Leningradi_Edasi_toimetus, lk 31
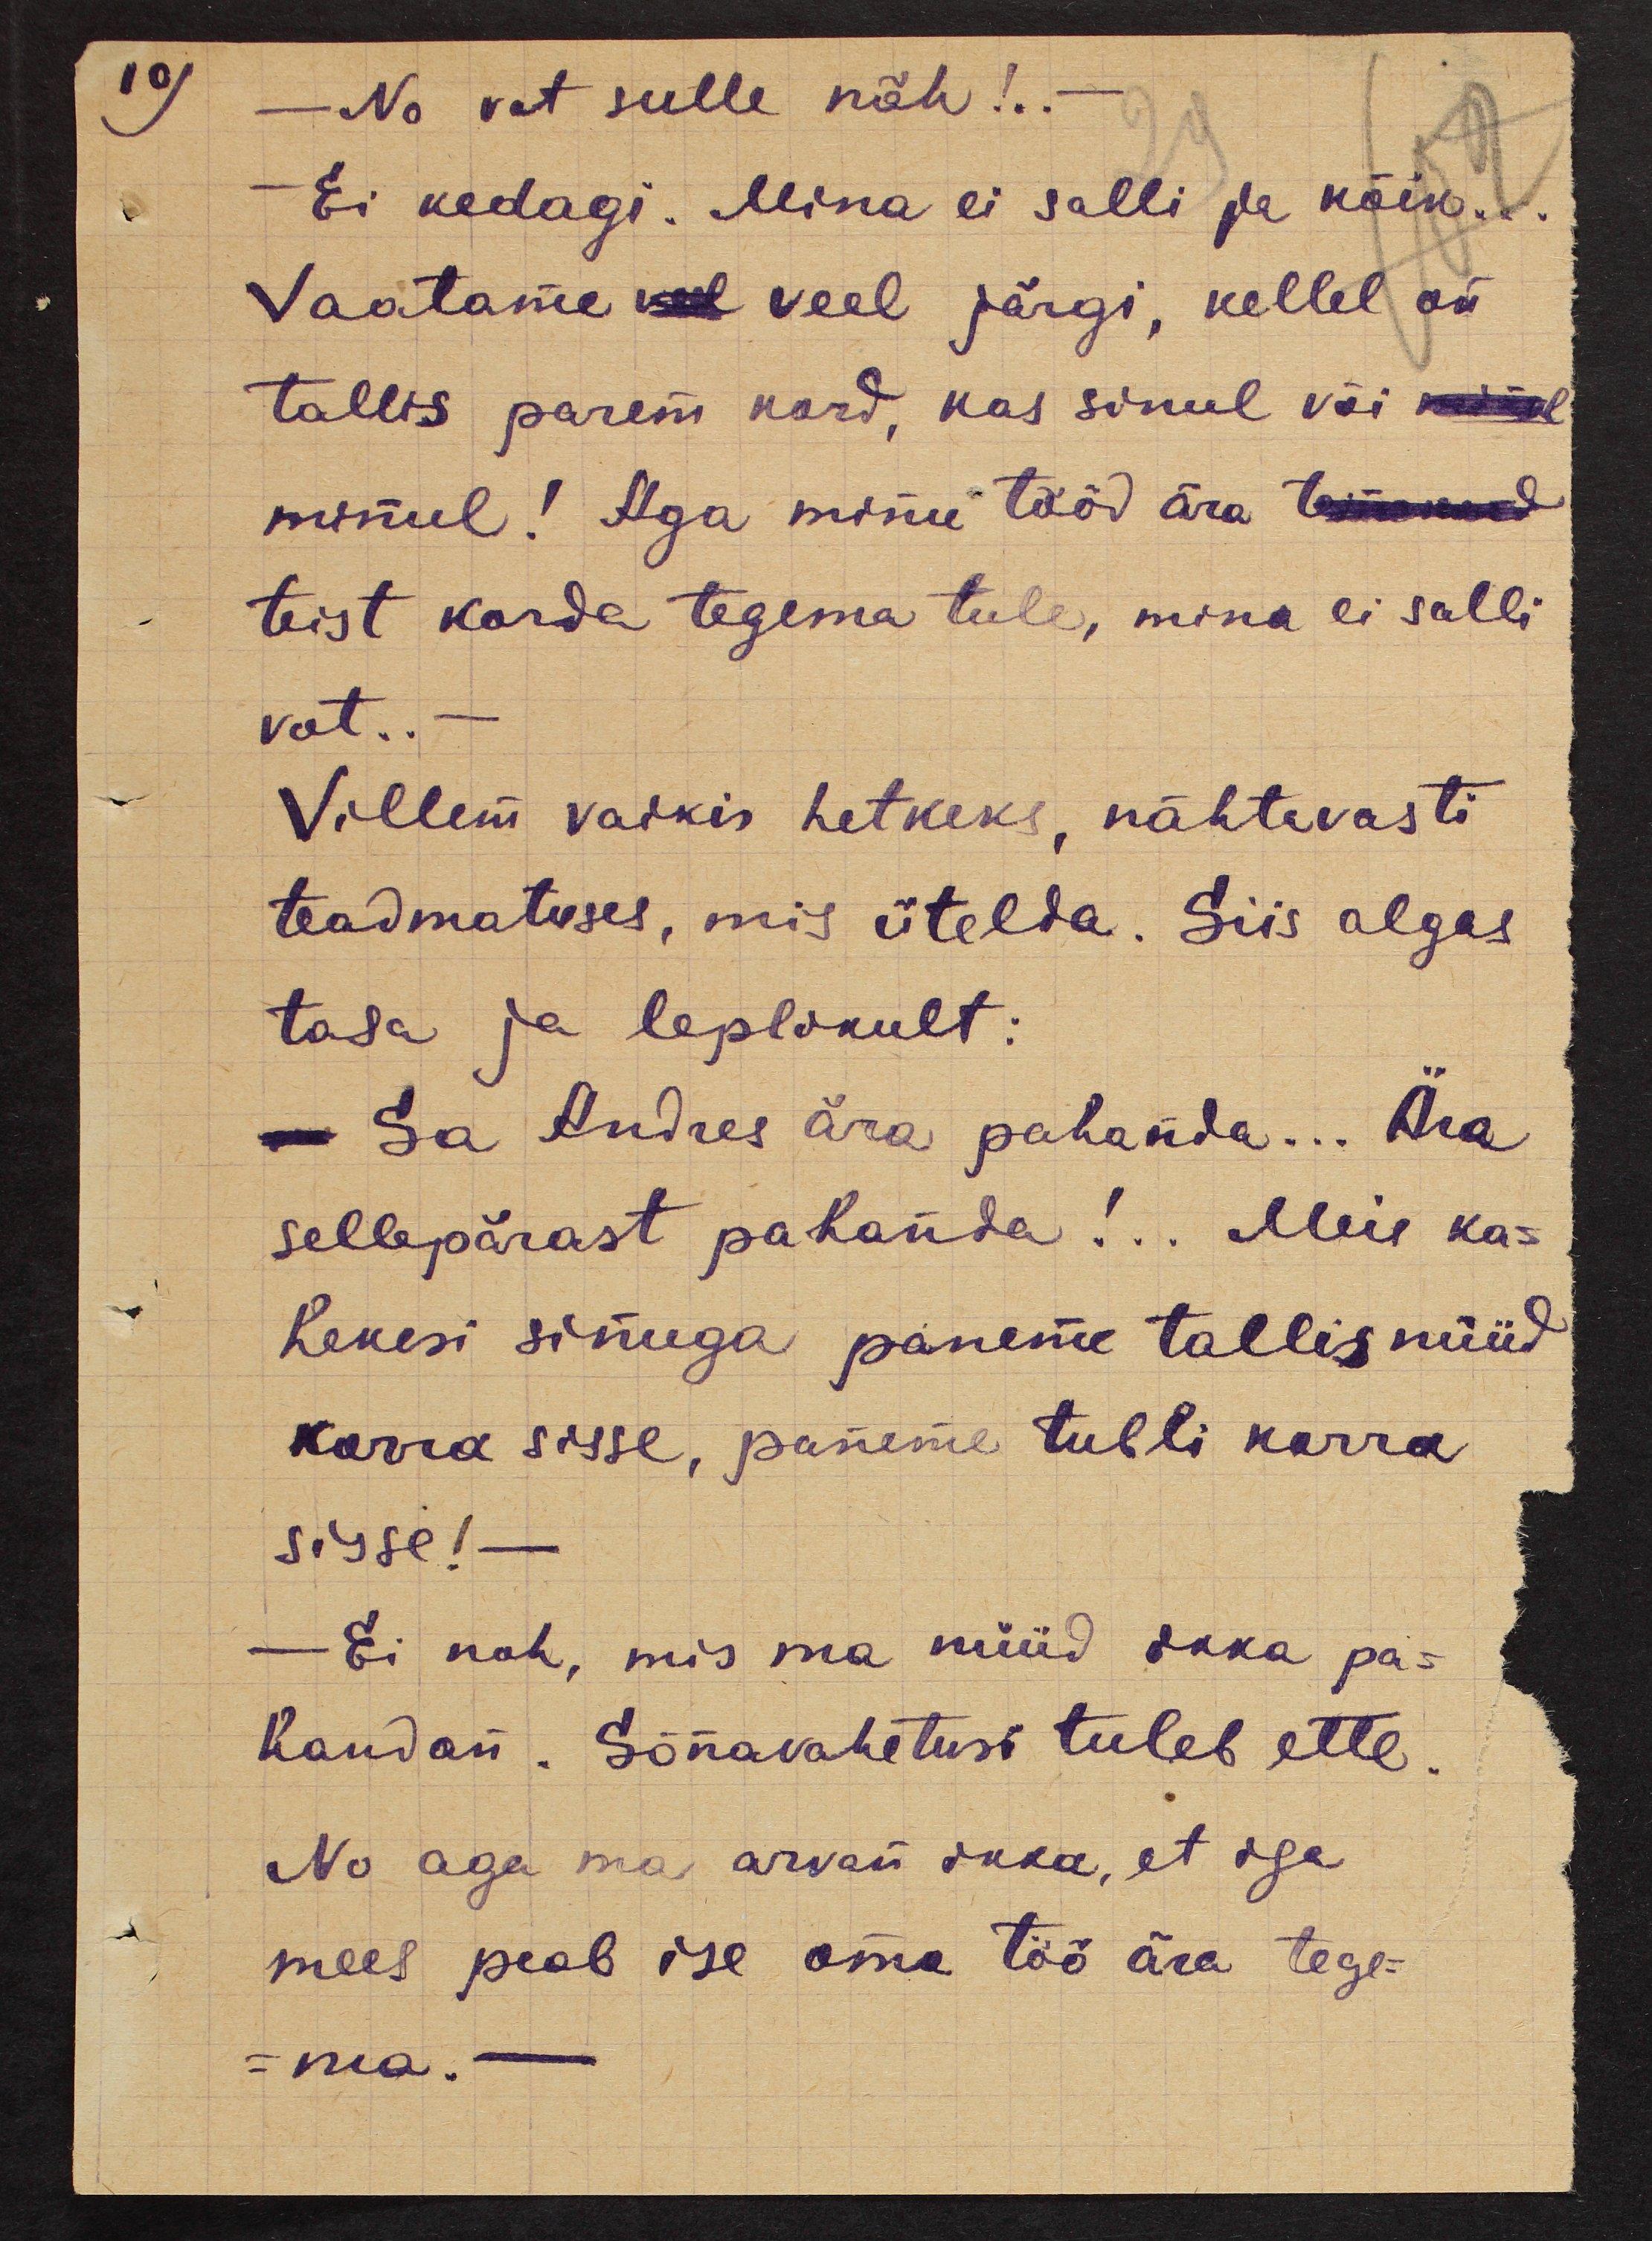
10)

- No vat sulle nõh!..
- Ei kedagi. Mina ei salli ja kõik...
Vaatame veel veel järgi, kellel on
tallis parem kord, kas sinul või määl
minul! Aga minu tööd ära temmaad
teist korda tegema tule, mina ei salli
vot..-
Villem vaikis hetkeks, nähtavasti
teadmatuses, mis ütelda. Siis algas
tasa ja leplikult:
- Sa Andres ära pahanda... Ära
sellepärast pahanda!.. Meie ka-
hekesi sinuga paneme tallis nüüd
korra sisse, paneme tubli korra
sisse!-
- Ei noh, mis ma nüüd ikka pa-
handan. Sõnavahetusi tuleb ette.
No aga ma arvan ikka, et iga
mees peab ise oma töö ära tege-
-ma. -